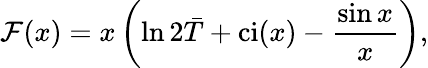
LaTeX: \mathcal{F}(x)=x\left(\ln 2\bar{T}+\mathrm{ci}(x)-\frac{\sin x}{x}\right),